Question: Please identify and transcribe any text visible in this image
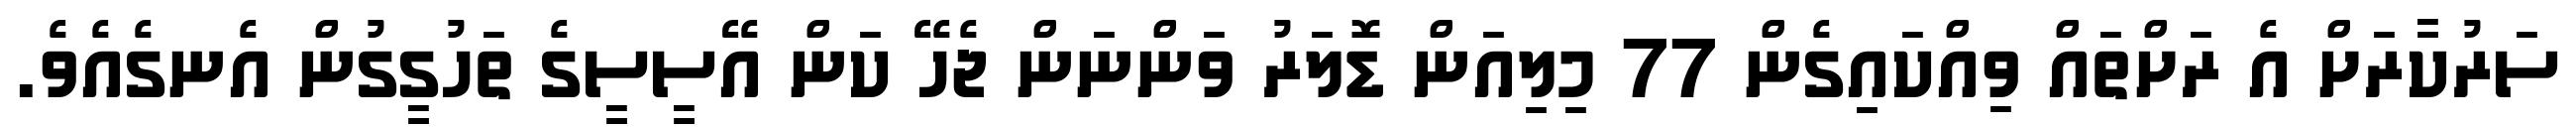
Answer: ސަރުކާރަށް އެ ރަށްތައް ވިއްކައިގެން 77 މިލިއަން ޑޮލަރު ވަންނަން ޖެހޭ ކަން އޭސީސީގެ ތަހުގީގުން އެނގެއެވެ.